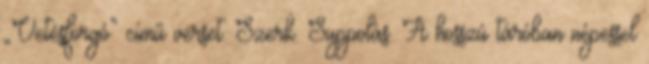
„Vetésforgó” című verset. Szerk. Suppolás. A hosszú táróban népessel